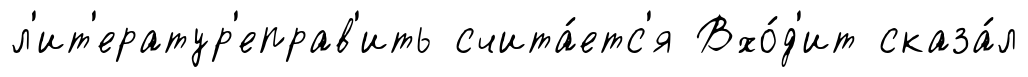
л'ит'ератур'еправ'ить счита́етс'я Вхо́д'ит сказа́л